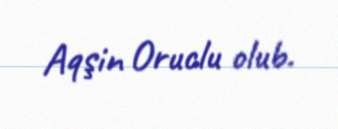
Aqşin Oruclu olub.